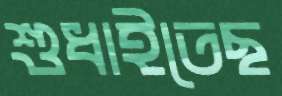
শুধাইতেছ